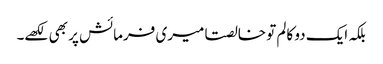
بلکہ ایک دو کالم تو خالصتا میری فرمائش پر بھی لکھے۔